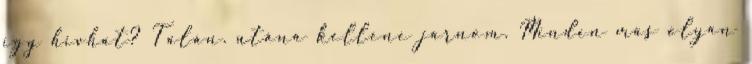
így hívhat? Talán. utána kellene járnom. Minden más olyan